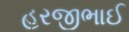
હરજીભાઈ